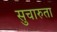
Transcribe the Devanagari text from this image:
सुचारुता